Scottish Leaving Certificate Examination, 1958
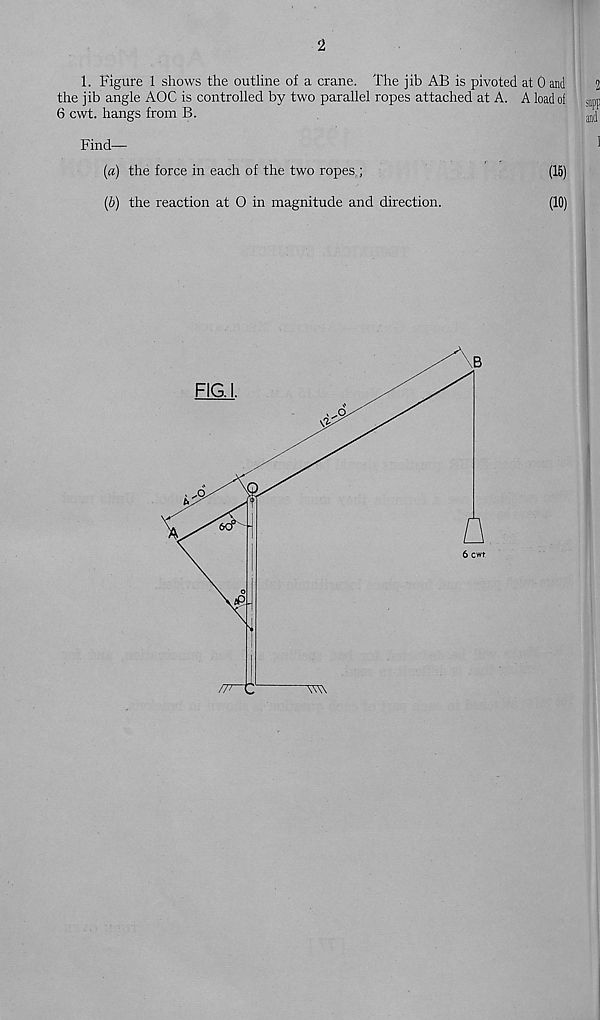
2
1. Figure 1 shows the outline of a crane. The jib AB is pivoted at 0 and
the jib angle AOC is controlled by two parallel ropes attached at A. A load of
6 cwt. hangs from B.
Find—
(a) the force in each of the two ropes ;
(15)
(b) the reaction at O in magnitude and direction.
(10)